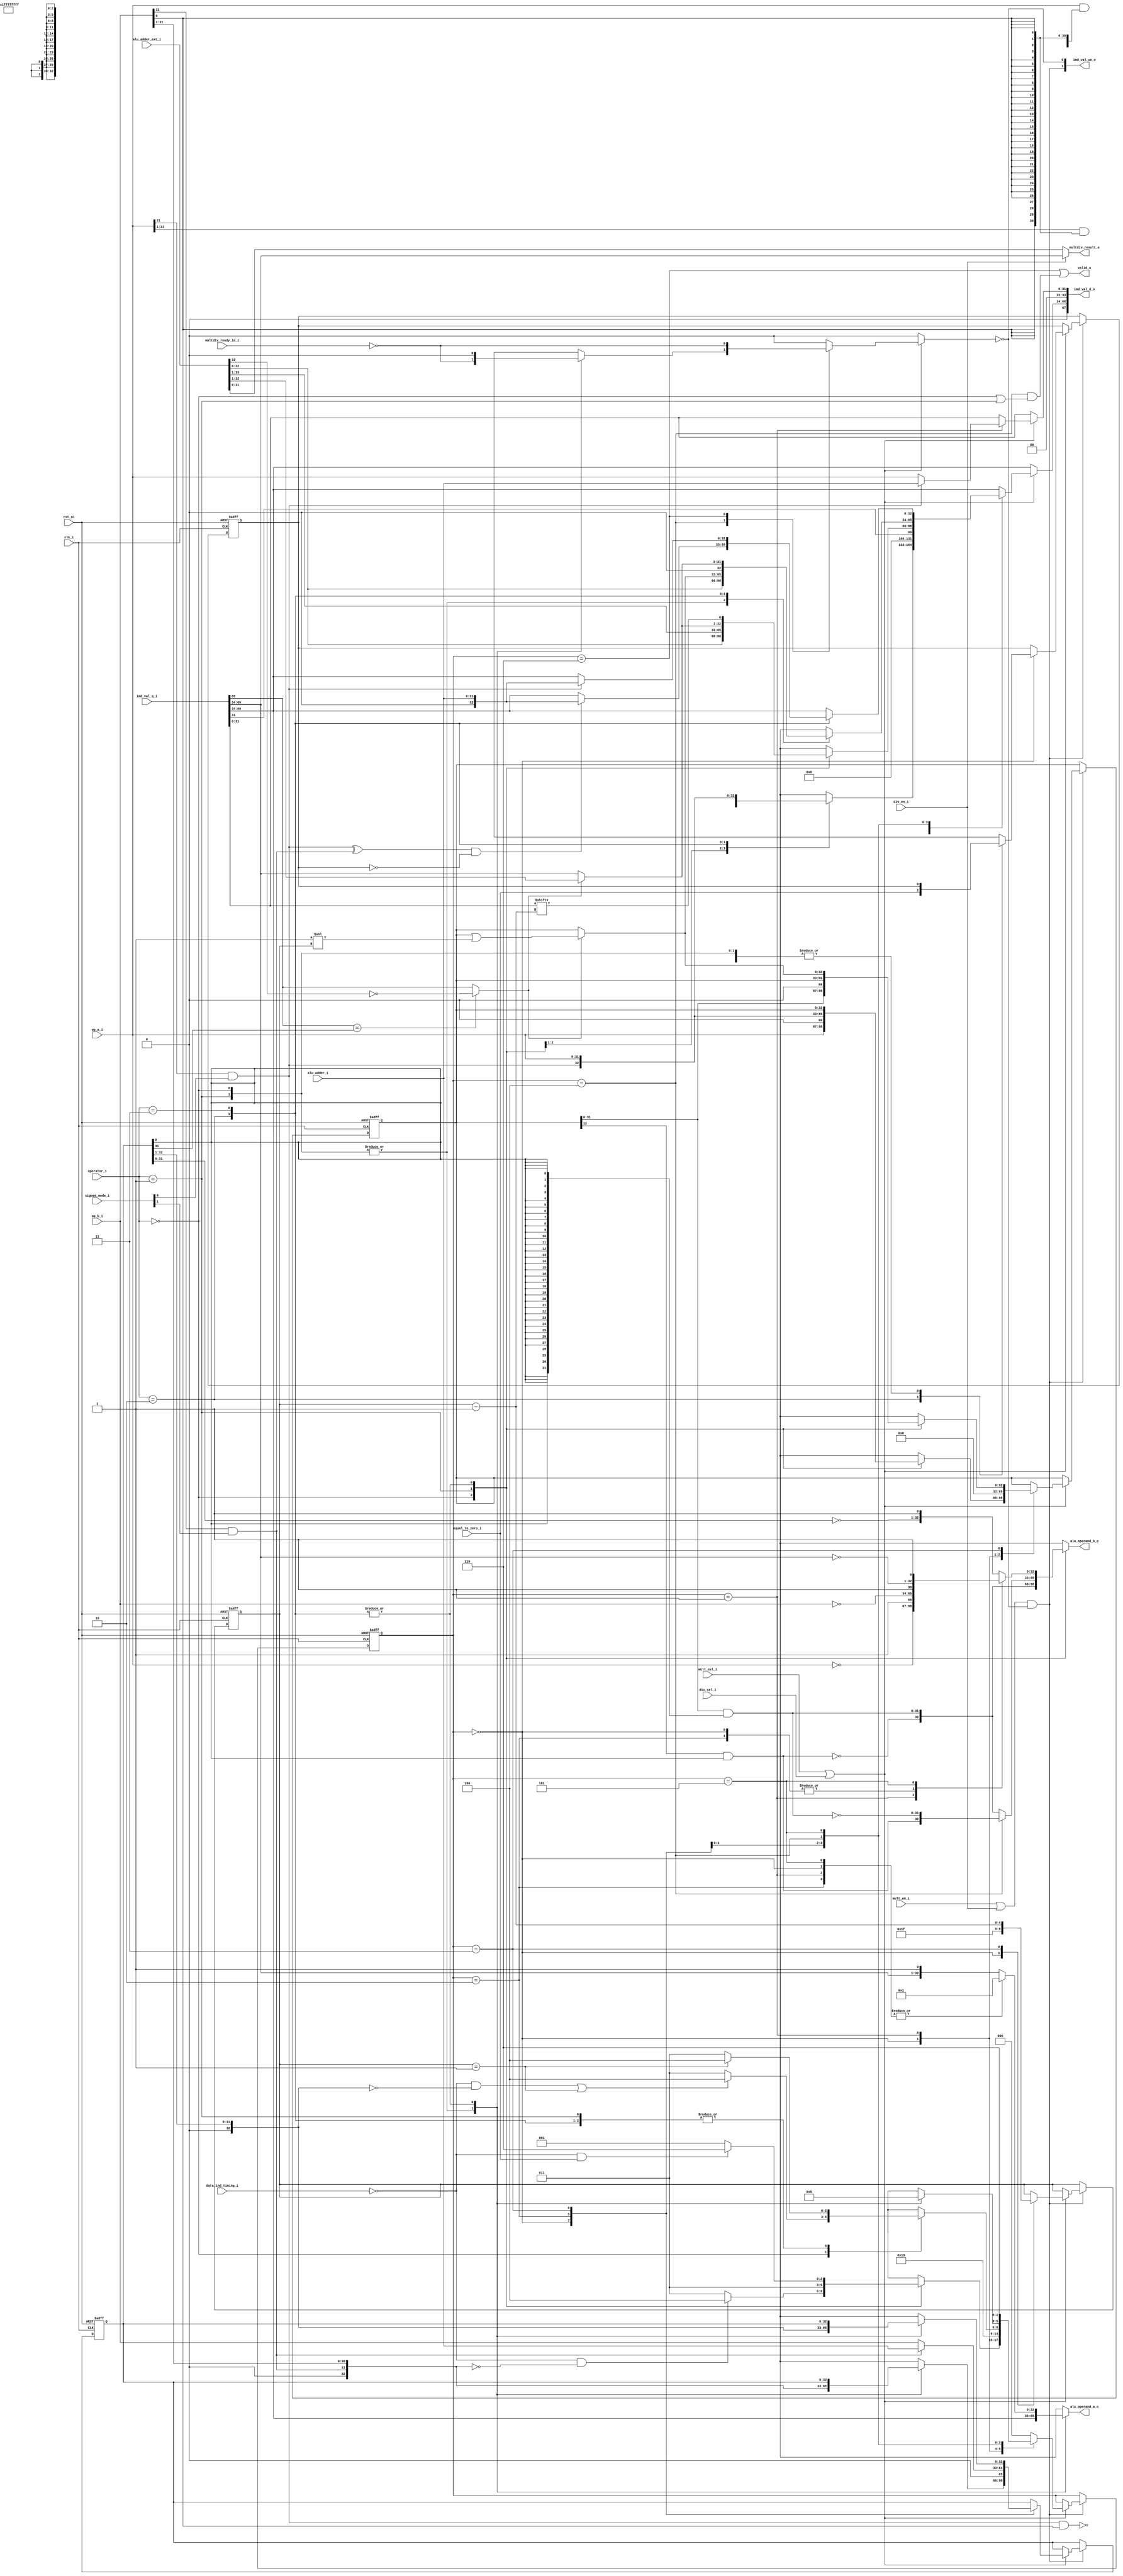
// SPDX-FileCopyrightText: 2020 lowRISC contributors
// Copyright 2018 ETH Zurich and University of Bologna
// Licensed under the Apache License, Version 2.0 (the "License");
// you may not use this file except in compliance with the License.
// You may obtain a copy of the License at
//
//      http://www.apache.org/licenses/LICENSE-2.0
//
// Unless required by applicable law or agreed to in writing, software
// distributed under the License is distributed on an "AS IS" BASIS,
// WITHOUT WARRANTIES OR CONDITIONS OF ANY KIND, either express or implied.
// See the License for the specific language governing permissions and
// limitations under the License.
// SPDX-License-Identifier: Apache-2.0

module ibex_multdiv_slow (
	clk_i,
	rst_ni,
	mult_en_i,
	div_en_i,
	mult_sel_i,
	div_sel_i,
	operator_i,
	signed_mode_i,
	op_a_i,
	op_b_i,
	alu_adder_ext_i,
	alu_adder_i,
	equal_to_zero_i,
	data_ind_timing_i,
	alu_operand_a_o,
	alu_operand_b_o,
	imd_val_q_i,
	imd_val_d_o,
	imd_val_we_o,
	multdiv_ready_id_i,
	multdiv_result_o,
	valid_o
);
	input wire clk_i;
	input wire rst_ni;
	input wire mult_en_i;
	input wire div_en_i;
	input wire mult_sel_i;
	input wire div_sel_i;
	input wire [1:0] operator_i;
	input wire [1:0] signed_mode_i;
	input wire [31:0] op_a_i;
	input wire [31:0] op_b_i;
	input wire [33:0] alu_adder_ext_i;
	input wire [31:0] alu_adder_i;
	input wire equal_to_zero_i;
	input wire data_ind_timing_i;
	output reg [32:0] alu_operand_a_o;
	output reg [32:0] alu_operand_b_o;
	input wire [67:0] imd_val_q_i;
	output wire [67:0] imd_val_d_o;
	output wire [1:0] imd_val_we_o;
	input wire multdiv_ready_id_i;
	output wire [31:0] multdiv_result_o;
	output wire valid_o;
	localparam integer RegFileFF = 0;
	localparam integer RegFileFPGA = 1;
	localparam integer RegFileLatch = 2;
	localparam integer RV32MNone = 0;
	localparam integer RV32MSlow = 1;
	localparam integer RV32MFast = 2;
	localparam integer RV32MSingleCycle = 3;
	localparam integer RV32BNone = 0;
	localparam integer RV32BBalanced = 1;
	localparam integer RV32BFull = 2;
	localparam [6:0] OPCODE_LOAD = 7'h03;
	localparam [6:0] OPCODE_MISC_MEM = 7'h0f;
	localparam [6:0] OPCODE_OP_IMM = 7'h13;
	localparam [6:0] OPCODE_AUIPC = 7'h17;
	localparam [6:0] OPCODE_STORE = 7'h23;
	localparam [6:0] OPCODE_OP = 7'h33;
	localparam [6:0] OPCODE_LUI = 7'h37;
	localparam [6:0] OPCODE_BRANCH = 7'h63;
	localparam [6:0] OPCODE_JALR = 7'h67;
	localparam [6:0] OPCODE_JAL = 7'h6f;
	localparam [6:0] OPCODE_SYSTEM = 7'h73;
	localparam [5:0] ALU_ADD = 0;
	localparam [5:0] ALU_SUB = 1;
	localparam [5:0] ALU_XOR = 2;
	localparam [5:0] ALU_OR = 3;
	localparam [5:0] ALU_AND = 4;
	localparam [5:0] ALU_XNOR = 5;
	localparam [5:0] ALU_ORN = 6;
	localparam [5:0] ALU_ANDN = 7;
	localparam [5:0] ALU_SRA = 8;
	localparam [5:0] ALU_SRL = 9;
	localparam [5:0] ALU_SLL = 10;
	localparam [5:0] ALU_SRO = 11;
	localparam [5:0] ALU_SLO = 12;
	localparam [5:0] ALU_ROR = 13;
	localparam [5:0] ALU_ROL = 14;
	localparam [5:0] ALU_GREV = 15;
	localparam [5:0] ALU_GORC = 16;
	localparam [5:0] ALU_SHFL = 17;
	localparam [5:0] ALU_UNSHFL = 18;
	localparam [5:0] ALU_LT = 19;
	localparam [5:0] ALU_LTU = 20;
	localparam [5:0] ALU_GE = 21;
	localparam [5:0] ALU_GEU = 22;
	localparam [5:0] ALU_EQ = 23;
	localparam [5:0] ALU_NE = 24;
	localparam [5:0] ALU_MIN = 25;
	localparam [5:0] ALU_MINU = 26;
	localparam [5:0] ALU_MAX = 27;
	localparam [5:0] ALU_MAXU = 28;
	localparam [5:0] ALU_PACK = 29;
	localparam [5:0] ALU_PACKU = 30;
	localparam [5:0] ALU_PACKH = 31;
	localparam [5:0] ALU_SEXTB = 32;
	localparam [5:0] ALU_SEXTH = 33;
	localparam [5:0] ALU_CLZ = 34;
	localparam [5:0] ALU_CTZ = 35;
	localparam [5:0] ALU_PCNT = 36;
	localparam [5:0] ALU_SLT = 37;
	localparam [5:0] ALU_SLTU = 38;
	localparam [5:0] ALU_CMOV = 39;
	localparam [5:0] ALU_CMIX = 40;
	localparam [5:0] ALU_FSL = 41;
	localparam [5:0] ALU_FSR = 42;
	localparam [5:0] ALU_SBSET = 43;
	localparam [5:0] ALU_SBCLR = 44;
	localparam [5:0] ALU_SBINV = 45;
	localparam [5:0] ALU_SBEXT = 46;
	localparam [5:0] ALU_BEXT = 47;
	localparam [5:0] ALU_BDEP = 48;
	localparam [5:0] ALU_BFP = 49;
	localparam [5:0] ALU_CLMUL = 50;
	localparam [5:0] ALU_CLMULR = 51;
	localparam [5:0] ALU_CLMULH = 52;
	localparam [5:0] ALU_CRC32_B = 53;
	localparam [5:0] ALU_CRC32C_B = 54;
	localparam [5:0] ALU_CRC32_H = 55;
	localparam [5:0] ALU_CRC32C_H = 56;
	localparam [5:0] ALU_CRC32_W = 57;
	localparam [5:0] ALU_CRC32C_W = 58;
	localparam [1:0] MD_OP_MULL = 0;
	localparam [1:0] MD_OP_MULH = 1;
	localparam [1:0] MD_OP_DIV = 2;
	localparam [1:0] MD_OP_REM = 3;
	localparam [1:0] CSR_OP_READ = 0;
	localparam [1:0] CSR_OP_WRITE = 1;
	localparam [1:0] CSR_OP_SET = 2;
	localparam [1:0] CSR_OP_CLEAR = 3;
	localparam [1:0] PRIV_LVL_M = 2'b11;
	localparam [1:0] PRIV_LVL_H = 2'b10;
	localparam [1:0] PRIV_LVL_S = 2'b01;
	localparam [1:0] PRIV_LVL_U = 2'b00;
	localparam [3:0] XDEBUGVER_NO = 4'd0;
	localparam [3:0] XDEBUGVER_STD = 4'd4;
	localparam [3:0] XDEBUGVER_NONSTD = 4'd15;
	localparam [1:0] WB_INSTR_LOAD = 0;
	localparam [1:0] WB_INSTR_STORE = 1;
	localparam [1:0] WB_INSTR_OTHER = 2;
	localparam [1:0] OP_A_REG_A = 0;
	localparam [1:0] OP_A_FWD = 1;
	localparam [1:0] OP_A_CURRPC = 2;
	localparam [1:0] OP_A_IMM = 3;
	localparam [0:0] IMM_A_Z = 0;
	localparam [0:0] IMM_A_ZERO = 1;
	localparam [0:0] OP_B_REG_B = 0;
	localparam [0:0] OP_B_IMM = 1;
	localparam [2:0] IMM_B_I = 0;
	localparam [2:0] IMM_B_S = 1;
	localparam [2:0] IMM_B_B = 2;
	localparam [2:0] IMM_B_U = 3;
	localparam [2:0] IMM_B_J = 4;
	localparam [2:0] IMM_B_INCR_PC = 5;
	localparam [2:0] IMM_B_INCR_ADDR = 6;
	localparam [0:0] RF_WD_EX = 0;
	localparam [0:0] RF_WD_CSR = 1;
	localparam [2:0] PC_BOOT = 0;
	localparam [2:0] PC_JUMP = 1;
	localparam [2:0] PC_EXC = 2;
	localparam [2:0] PC_ERET = 3;
	localparam [2:0] PC_DRET = 4;
	localparam [2:0] PC_BP = 5;
	localparam [1:0] EXC_PC_EXC = 0;
	localparam [1:0] EXC_PC_IRQ = 1;
	localparam [1:0] EXC_PC_DBD = 2;
	localparam [1:0] EXC_PC_DBG_EXC = 3;
	localparam [5:0] EXC_CAUSE_IRQ_SOFTWARE_M = {1'b1, 5'd3};
	localparam [5:0] EXC_CAUSE_IRQ_TIMER_M = {1'b1, 5'd7};
	localparam [5:0] EXC_CAUSE_IRQ_EXTERNAL_M = {1'b1, 5'd11};
	localparam [5:0] EXC_CAUSE_IRQ_NM = {1'b1, 5'd31};
	localparam [5:0] EXC_CAUSE_INSN_ADDR_MISA = {1'b0, 5'd0};
	localparam [5:0] EXC_CAUSE_INSTR_ACCESS_FAULT = {1'b0, 5'd1};
	localparam [5:0] EXC_CAUSE_ILLEGAL_INSN = {1'b0, 5'd2};
	localparam [5:0] EXC_CAUSE_BREAKPOINT = {1'b0, 5'd3};
	localparam [5:0] EXC_CAUSE_LOAD_ACCESS_FAULT = {1'b0, 5'd5};
	localparam [5:0] EXC_CAUSE_STORE_ACCESS_FAULT = {1'b0, 5'd7};
	localparam [5:0] EXC_CAUSE_ECALL_UMODE = {1'b0, 5'd8};
	localparam [5:0] EXC_CAUSE_ECALL_MMODE = {1'b0, 5'd11};
	localparam [2:0] DBG_CAUSE_NONE = 3'h0;
	localparam [2:0] DBG_CAUSE_EBREAK = 3'h1;
	localparam [2:0] DBG_CAUSE_TRIGGER = 3'h2;
	localparam [2:0] DBG_CAUSE_HALTREQ = 3'h3;
	localparam [2:0] DBG_CAUSE_STEP = 3'h4;
	localparam [31:0] PMP_MAX_REGIONS = 16;
	localparam [31:0] PMP_CFG_W = 8;
	localparam [31:0] PMP_I = 0;
	localparam [31:0] PMP_D = 1;
	localparam [1:0] PMP_ACC_EXEC = 2'b00;
	localparam [1:0] PMP_ACC_WRITE = 2'b01;
	localparam [1:0] PMP_ACC_READ = 2'b10;
	localparam [1:0] PMP_MODE_OFF = 2'b00;
	localparam [1:0] PMP_MODE_TOR = 2'b01;
	localparam [1:0] PMP_MODE_NA4 = 2'b10;
	localparam [1:0] PMP_MODE_NAPOT = 2'b11;
	localparam [11:0] CSR_MHARTID = 12'hf14;
	localparam [11:0] CSR_MSTATUS = 12'h300;
	localparam [11:0] CSR_MISA = 12'h301;
	localparam [11:0] CSR_MIE = 12'h304;
	localparam [11:0] CSR_MTVEC = 12'h305;
	localparam [11:0] CSR_MSCRATCH = 12'h340;
	localparam [11:0] CSR_MEPC = 12'h341;
	localparam [11:0] CSR_MCAUSE = 12'h342;
	localparam [11:0] CSR_MTVAL = 12'h343;
	localparam [11:0] CSR_MIP = 12'h344;
	localparam [11:0] CSR_PMPCFG0 = 12'h3a0;
	localparam [11:0] CSR_PMPCFG1 = 12'h3a1;
	localparam [11:0] CSR_PMPCFG2 = 12'h3a2;
	localparam [11:0] CSR_PMPCFG3 = 12'h3a3;
	localparam [11:0] CSR_PMPADDR0 = 12'h3b0;
	localparam [11:0] CSR_PMPADDR1 = 12'h3b1;
	localparam [11:0] CSR_PMPADDR2 = 12'h3b2;
	localparam [11:0] CSR_PMPADDR3 = 12'h3b3;
	localparam [11:0] CSR_PMPADDR4 = 12'h3b4;
	localparam [11:0] CSR_PMPADDR5 = 12'h3b5;
	localparam [11:0] CSR_PMPADDR6 = 12'h3b6;
	localparam [11:0] CSR_PMPADDR7 = 12'h3b7;
	localparam [11:0] CSR_PMPADDR8 = 12'h3b8;
	localparam [11:0] CSR_PMPADDR9 = 12'h3b9;
	localparam [11:0] CSR_PMPADDR10 = 12'h3ba;
	localparam [11:0] CSR_PMPADDR11 = 12'h3bb;
	localparam [11:0] CSR_PMPADDR12 = 12'h3bc;
	localparam [11:0] CSR_PMPADDR13 = 12'h3bd;
	localparam [11:0] CSR_PMPADDR14 = 12'h3be;
	localparam [11:0] CSR_PMPADDR15 = 12'h3bf;
	localparam [11:0] CSR_TSELECT = 12'h7a0;
	localparam [11:0] CSR_TDATA1 = 12'h7a1;
	localparam [11:0] CSR_TDATA2 = 12'h7a2;
	localparam [11:0] CSR_TDATA3 = 12'h7a3;
	localparam [11:0] CSR_MCONTEXT = 12'h7a8;
	localparam [11:0] CSR_SCONTEXT = 12'h7aa;
	localparam [11:0] CSR_DCSR = 12'h7b0;
	localparam [11:0] CSR_DPC = 12'h7b1;
	localparam [11:0] CSR_DSCRATCH0 = 12'h7b2;
	localparam [11:0] CSR_DSCRATCH1 = 12'h7b3;
	localparam [11:0] CSR_MCOUNTINHIBIT = 12'h320;
	localparam [11:0] CSR_MHPMEVENT3 = 12'h323;
	localparam [11:0] CSR_MHPMEVENT4 = 12'h324;
	localparam [11:0] CSR_MHPMEVENT5 = 12'h325;
	localparam [11:0] CSR_MHPMEVENT6 = 12'h326;
	localparam [11:0] CSR_MHPMEVENT7 = 12'h327;
	localparam [11:0] CSR_MHPMEVENT8 = 12'h328;
	localparam [11:0] CSR_MHPMEVENT9 = 12'h329;
	localparam [11:0] CSR_MHPMEVENT10 = 12'h32a;
	localparam [11:0] CSR_MHPMEVENT11 = 12'h32b;
	localparam [11:0] CSR_MHPMEVENT12 = 12'h32c;
	localparam [11:0] CSR_MHPMEVENT13 = 12'h32d;
	localparam [11:0] CSR_MHPMEVENT14 = 12'h32e;
	localparam [11:0] CSR_MHPMEVENT15 = 12'h32f;
	localparam [11:0] CSR_MHPMEVENT16 = 12'h330;
	localparam [11:0] CSR_MHPMEVENT17 = 12'h331;
	localparam [11:0] CSR_MHPMEVENT18 = 12'h332;
	localparam [11:0] CSR_MHPMEVENT19 = 12'h333;
	localparam [11:0] CSR_MHPMEVENT20 = 12'h334;
	localparam [11:0] CSR_MHPMEVENT21 = 12'h335;
	localparam [11:0] CSR_MHPMEVENT22 = 12'h336;
	localparam [11:0] CSR_MHPMEVENT23 = 12'h337;
	localparam [11:0] CSR_MHPMEVENT24 = 12'h338;
	localparam [11:0] CSR_MHPMEVENT25 = 12'h339;
	localparam [11:0] CSR_MHPMEVENT26 = 12'h33a;
	localparam [11:0] CSR_MHPMEVENT27 = 12'h33b;
	localparam [11:0] CSR_MHPMEVENT28 = 12'h33c;
	localparam [11:0] CSR_MHPMEVENT29 = 12'h33d;
	localparam [11:0] CSR_MHPMEVENT30 = 12'h33e;
	localparam [11:0] CSR_MHPMEVENT31 = 12'h33f;
	localparam [11:0] CSR_MCYCLE = 12'hb00;
	localparam [11:0] CSR_MINSTRET = 12'hb02;
	localparam [11:0] CSR_MHPMCOUNTER3 = 12'hb03;
	localparam [11:0] CSR_MHPMCOUNTER4 = 12'hb04;
	localparam [11:0] CSR_MHPMCOUNTER5 = 12'hb05;
	localparam [11:0] CSR_MHPMCOUNTER6 = 12'hb06;
	localparam [11:0] CSR_MHPMCOUNTER7 = 12'hb07;
	localparam [11:0] CSR_MHPMCOUNTER8 = 12'hb08;
	localparam [11:0] CSR_MHPMCOUNTER9 = 12'hb09;
	localparam [11:0] CSR_MHPMCOUNTER10 = 12'hb0a;
	localparam [11:0] CSR_MHPMCOUNTER11 = 12'hb0b;
	localparam [11:0] CSR_MHPMCOUNTER12 = 12'hb0c;
	localparam [11:0] CSR_MHPMCOUNTER13 = 12'hb0d;
	localparam [11:0] CSR_MHPMCOUNTER14 = 12'hb0e;
	localparam [11:0] CSR_MHPMCOUNTER15 = 12'hb0f;
	localparam [11:0] CSR_MHPMCOUNTER16 = 12'hb10;
	localparam [11:0] CSR_MHPMCOUNTER17 = 12'hb11;
	localparam [11:0] CSR_MHPMCOUNTER18 = 12'hb12;
	localparam [11:0] CSR_MHPMCOUNTER19 = 12'hb13;
	localparam [11:0] CSR_MHPMCOUNTER20 = 12'hb14;
	localparam [11:0] CSR_MHPMCOUNTER21 = 12'hb15;
	localparam [11:0] CSR_MHPMCOUNTER22 = 12'hb16;
	localparam [11:0] CSR_MHPMCOUNTER23 = 12'hb17;
	localparam [11:0] CSR_MHPMCOUNTER24 = 12'hb18;
	localparam [11:0] CSR_MHPMCOUNTER25 = 12'hb19;
	localparam [11:0] CSR_MHPMCOUNTER26 = 12'hb1a;
	localparam [11:0] CSR_MHPMCOUNTER27 = 12'hb1b;
	localparam [11:0] CSR_MHPMCOUNTER28 = 12'hb1c;
	localparam [11:0] CSR_MHPMCOUNTER29 = 12'hb1d;
	localparam [11:0] CSR_MHPMCOUNTER30 = 12'hb1e;
	localparam [11:0] CSR_MHPMCOUNTER31 = 12'hb1f;
	localparam [11:0] CSR_MCYCLEH = 12'hb80;
	localparam [11:0] CSR_MINSTRETH = 12'hb82;
	localparam [11:0] CSR_MHPMCOUNTER3H = 12'hb83;
	localparam [11:0] CSR_MHPMCOUNTER4H = 12'hb84;
	localparam [11:0] CSR_MHPMCOUNTER5H = 12'hb85;
	localparam [11:0] CSR_MHPMCOUNTER6H = 12'hb86;
	localparam [11:0] CSR_MHPMCOUNTER7H = 12'hb87;
	localparam [11:0] CSR_MHPMCOUNTER8H = 12'hb88;
	localparam [11:0] CSR_MHPMCOUNTER9H = 12'hb89;
	localparam [11:0] CSR_MHPMCOUNTER10H = 12'hb8a;
	localparam [11:0] CSR_MHPMCOUNTER11H = 12'hb8b;
	localparam [11:0] CSR_MHPMCOUNTER12H = 12'hb8c;
	localparam [11:0] CSR_MHPMCOUNTER13H = 12'hb8d;
	localparam [11:0] CSR_MHPMCOUNTER14H = 12'hb8e;
	localparam [11:0] CSR_MHPMCOUNTER15H = 12'hb8f;
	localparam [11:0] CSR_MHPMCOUNTER16H = 12'hb90;
	localparam [11:0] CSR_MHPMCOUNTER17H = 12'hb91;
	localparam [11:0] CSR_MHPMCOUNTER18H = 12'hb92;
	localparam [11:0] CSR_MHPMCOUNTER19H = 12'hb93;
	localparam [11:0] CSR_MHPMCOUNTER20H = 12'hb94;
	localparam [11:0] CSR_MHPMCOUNTER21H = 12'hb95;
	localparam [11:0] CSR_MHPMCOUNTER22H = 12'hb96;
	localparam [11:0] CSR_MHPMCOUNTER23H = 12'hb97;
	localparam [11:0] CSR_MHPMCOUNTER24H = 12'hb98;
	localparam [11:0] CSR_MHPMCOUNTER25H = 12'hb99;
	localparam [11:0] CSR_MHPMCOUNTER26H = 12'hb9a;
	localparam [11:0] CSR_MHPMCOUNTER27H = 12'hb9b;
	localparam [11:0] CSR_MHPMCOUNTER28H = 12'hb9c;
	localparam [11:0] CSR_MHPMCOUNTER29H = 12'hb9d;
	localparam [11:0] CSR_MHPMCOUNTER30H = 12'hb9e;
	localparam [11:0] CSR_MHPMCOUNTER31H = 12'hb9f;
	localparam [11:0] CSR_CPUCTRL = 12'h7c0;
	localparam [11:0] CSR_SECURESEED = 12'h7c1;
	localparam [11:0] CSR_OFF_PMP_CFG = 12'h3a0;
	localparam [11:0] CSR_OFF_PMP_ADDR = 12'h3b0;
	localparam [31:0] CSR_MSTATUS_MIE_BIT = 3;
	localparam [31:0] CSR_MSTATUS_MPIE_BIT = 7;
	localparam [31:0] CSR_MSTATUS_MPP_BIT_LOW = 11;
	localparam [31:0] CSR_MSTATUS_MPP_BIT_HIGH = 12;
	localparam [31:0] CSR_MSTATUS_MPRV_BIT = 17;
	localparam [31:0] CSR_MSTATUS_TW_BIT = 21;
	localparam [1:0] CSR_MISA_MXL = 2'd1;
	localparam [31:0] CSR_MSIX_BIT = 3;
	localparam [31:0] CSR_MTIX_BIT = 7;
	localparam [31:0] CSR_MEIX_BIT = 11;
	localparam [31:0] CSR_MFIX_BIT_LOW = 16;
	localparam [31:0] CSR_MFIX_BIT_HIGH = 30;
	reg [2:0] md_state_q;
	reg [2:0] md_state_d;
	wire [32:0] accum_window_q;
	reg [32:0] accum_window_d;
	wire unused_imd_val0;
	wire [1:0] unused_imd_val1;
	wire [32:0] res_adder_l;
	wire [32:0] res_adder_h;
	reg [4:0] multdiv_count_q;
	reg [4:0] multdiv_count_d;
	reg [32:0] op_b_shift_q;
	reg [32:0] op_b_shift_d;
	reg [32:0] op_a_shift_q;
	reg [32:0] op_a_shift_d;
	wire [32:0] op_a_ext;
	wire [32:0] op_b_ext;
	wire [32:0] one_shift;
	wire [32:0] op_a_bw_pp;
	wire [32:0] op_a_bw_last_pp;
	wire [31:0] b_0;
	wire sign_a;
	wire sign_b;
	wire [32:0] next_quotient;
	wire [31:0] next_remainder;
	wire [31:0] op_numerator_q;
	reg [31:0] op_numerator_d;
	wire is_greater_equal;
	wire div_change_sign;
	wire rem_change_sign;
	reg div_by_zero_d;
	reg div_by_zero_q;
	reg multdiv_hold;
	wire multdiv_en;
	assign res_adder_l = alu_adder_ext_i[32:0];
	assign res_adder_h = alu_adder_ext_i[33:1];
	assign imd_val_d_o[34+:34] = {1'b0, accum_window_d};
	assign imd_val_we_o[0] = ~multdiv_hold;
	assign accum_window_q = imd_val_q_i[66-:33];
	assign unused_imd_val0 = imd_val_q_i[67];
	assign imd_val_d_o[0+:34] = {2'b00, op_numerator_d};
	assign imd_val_we_o[1] = multdiv_en;
	assign op_numerator_q = imd_val_q_i[31-:32];
	assign unused_imd_val1 = imd_val_q_i[33-:2];
	localparam [2:0] MD_ABS_A = 1;
	localparam [2:0] MD_ABS_B = 2;
	localparam [2:0] MD_CHANGE_SIGN = 5;
	localparam [2:0] MD_IDLE = 0;
	localparam [2:0] MD_LAST = 4;
	always @(*) begin
		alu_operand_a_o = accum_window_q;
		case (operator_i)
			MD_OP_MULL: alu_operand_b_o = op_a_bw_pp;
			MD_OP_MULH: alu_operand_b_o = (md_state_q == MD_LAST ? op_a_bw_last_pp : op_a_bw_pp);
			MD_OP_DIV, MD_OP_REM:
				case (md_state_q)
					MD_IDLE: begin
						alu_operand_a_o = {32'h00000000, 1'b1};
						alu_operand_b_o = {~op_b_i, 1'b1};
					end
					MD_ABS_A: begin
						alu_operand_a_o = {32'h00000000, 1'b1};
						alu_operand_b_o = {~op_a_i, 1'b1};
					end
					MD_ABS_B: begin
						alu_operand_a_o = {32'h00000000, 1'b1};
						alu_operand_b_o = {~op_b_i, 1'b1};
					end
					MD_CHANGE_SIGN: begin
						alu_operand_a_o = {32'h00000000, 1'b1};
						alu_operand_b_o = {~accum_window_q[31:0], 1'b1};
					end
					default: begin
						alu_operand_a_o = {accum_window_q[31:0], 1'b1};
						alu_operand_b_o = {~op_b_shift_q[31:0], 1'b1};
					end
				endcase
			default: begin
				alu_operand_a_o = accum_window_q;
				alu_operand_b_o = {~op_b_shift_q[31:0], 1'b1};
			end
		endcase
	end
	assign b_0 = {32 {op_b_shift_q[0]}};
	assign op_a_bw_pp = {~(op_a_shift_q[32] & op_b_shift_q[0]), op_a_shift_q[31:0] & b_0};
	assign op_a_bw_last_pp = {op_a_shift_q[32] & op_b_shift_q[0], ~(op_a_shift_q[31:0] & b_0)};
	assign sign_a = op_a_i[31] & signed_mode_i[0];
	assign sign_b = op_b_i[31] & signed_mode_i[1];
	assign op_a_ext = {sign_a, op_a_i};
	assign op_b_ext = {sign_b, op_b_i};
	assign is_greater_equal = (accum_window_q[31] == op_b_shift_q[31] ? ~res_adder_h[31] : accum_window_q[31]);
	assign one_shift = {32'b00000000000000000000000000000000, 1'b1} << multdiv_count_q;
	assign next_remainder = (is_greater_equal ? res_adder_h[31:0] : accum_window_q[31:0]);
	assign next_quotient = (is_greater_equal ? op_a_shift_q | one_shift : op_a_shift_q);
	assign div_change_sign = (sign_a ^ sign_b) & ~div_by_zero_q;
	assign rem_change_sign = sign_a;
	localparam [2:0] MD_COMP = 3;
	localparam [2:0] MD_FINISH = 6;
	always @(*) begin
		multdiv_count_d = multdiv_count_q;
		accum_window_d = accum_window_q;
		op_b_shift_d = op_b_shift_q;
		op_a_shift_d = op_a_shift_q;
		op_numerator_d = op_numerator_q;
		md_state_d = md_state_q;
		multdiv_hold = 1'b0;
		div_by_zero_d = div_by_zero_q;
		if (mult_sel_i || div_sel_i)
			case (md_state_q)
				MD_IDLE: begin
					case (operator_i)
						MD_OP_MULL: begin
							op_a_shift_d = op_a_ext << 1;
							accum_window_d = {~(op_a_ext[32] & op_b_i[0]), op_a_ext[31:0] & {32 {op_b_i[0]}}};
							op_b_shift_d = op_b_ext >> 1;
							md_state_d = (!data_ind_timing_i && ((op_b_ext >> 1) == 0) ? MD_LAST : MD_COMP);
						end
						MD_OP_MULH: begin
							op_a_shift_d = op_a_ext;
							accum_window_d = {1'b1, ~(op_a_ext[32] & op_b_i[0]), op_a_ext[31:1] & {31 {op_b_i[0]}}};
							op_b_shift_d = op_b_ext >> 1;
							md_state_d = MD_COMP;
						end
						MD_OP_DIV: begin
							accum_window_d = {33 {1'b1}};
							md_state_d = (!data_ind_timing_i && equal_to_zero_i ? MD_FINISH : MD_ABS_A);
							div_by_zero_d = equal_to_zero_i;
						end
						MD_OP_REM: begin
							accum_window_d = op_a_ext;
							md_state_d = (!data_ind_timing_i && equal_to_zero_i ? MD_FINISH : MD_ABS_A);
						end
						default:
							;
					endcase
					multdiv_count_d = 5'd31;
				end
				MD_ABS_A: begin
					op_a_shift_d = {33 {1'sb0}};
					op_numerator_d = (sign_a ? alu_adder_i : op_a_i);
					md_state_d = MD_ABS_B;
				end
				MD_ABS_B: begin
					accum_window_d = {32'h00000000, op_numerator_q[31]};
					op_b_shift_d = (sign_b ? {1'b0, alu_adder_i} : {1'b0, op_b_i});
					md_state_d = MD_COMP;
				end
				MD_COMP: begin
					multdiv_count_d = multdiv_count_q - 5'h01;
					case (operator_i)
						MD_OP_MULL: begin
							accum_window_d = res_adder_l;
							op_a_shift_d = op_a_shift_q << 1;
							op_b_shift_d = op_b_shift_q >> 1;
							md_state_d = ((!data_ind_timing_i && (op_b_shift_d == 0)) || (multdiv_count_q == 5'd1) ? MD_LAST : MD_COMP);
						end
						MD_OP_MULH: begin
							accum_window_d = res_adder_h;
							op_a_shift_d = op_a_shift_q;
							op_b_shift_d = op_b_shift_q >> 1;
							md_state_d = (multdiv_count_q == 5'd1 ? MD_LAST : MD_COMP);
						end
						MD_OP_DIV, MD_OP_REM: begin
							accum_window_d = {next_remainder[31:0], op_numerator_q[multdiv_count_d]};
							op_a_shift_d = next_quotient;
							md_state_d = (multdiv_count_q == 5'd1 ? MD_LAST : MD_COMP);
						end
						default:
							;
					endcase
				end
				MD_LAST:
					case (operator_i)
						MD_OP_MULL: begin
							accum_window_d = res_adder_l;
							md_state_d = MD_IDLE;
							multdiv_hold = ~multdiv_ready_id_i;
						end
						MD_OP_MULH: begin
							accum_window_d = res_adder_l;
							md_state_d = MD_IDLE;
							md_state_d = MD_IDLE;
							multdiv_hold = ~multdiv_ready_id_i;
						end
						MD_OP_DIV: begin
							accum_window_d = next_quotient;
							md_state_d = MD_CHANGE_SIGN;
						end
						MD_OP_REM: begin
							accum_window_d = {1'b0, next_remainder[31:0]};
							md_state_d = MD_CHANGE_SIGN;
						end
						default:
							;
					endcase
				MD_CHANGE_SIGN: begin
					md_state_d = MD_FINISH;
					case (operator_i)
						MD_OP_DIV: accum_window_d = (div_change_sign ? {1'b0, alu_adder_i} : accum_window_q);
						MD_OP_REM: accum_window_d = (rem_change_sign ? {1'b0, alu_adder_i} : accum_window_q);
						default:
							;
					endcase
				end
				MD_FINISH: begin
					md_state_d = MD_IDLE;
					multdiv_hold = ~multdiv_ready_id_i;
				end
				default: md_state_d = MD_IDLE;
			endcase
	end
	assign multdiv_en = (mult_en_i | div_en_i) & ~multdiv_hold;
	always @(posedge clk_i or negedge rst_ni)
		if (!rst_ni) begin
			multdiv_count_q <= 5'h00;
			op_b_shift_q <= 33'h000000000;
			op_a_shift_q <= 33'h000000000;
			md_state_q <= MD_IDLE;
			div_by_zero_q <= 1'b0;
		end
		else if (multdiv_en) begin
			multdiv_count_q <= multdiv_count_d;
			op_b_shift_q <= op_b_shift_d;
			op_a_shift_q <= op_a_shift_d;
			md_state_q <= md_state_d;
			div_by_zero_q <= div_by_zero_d;
		end
	assign valid_o = (md_state_q == MD_FINISH) | ((md_state_q == MD_LAST) & ((operator_i == MD_OP_MULL) | (operator_i == MD_OP_MULH)));
	assign multdiv_result_o = (div_en_i ? accum_window_q[31:0] : res_adder_l[31:0]);
endmodule